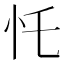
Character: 𢖲